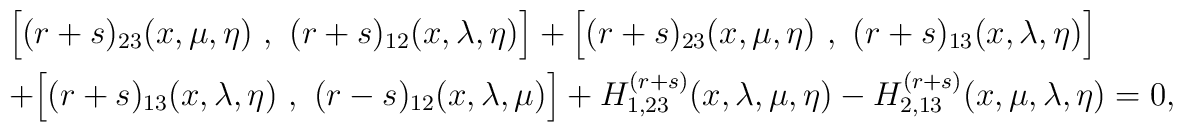
\begin{array}{l}  \Bigl[ (r + s)_{23}(x, \mu, \eta)~,~ (r + s)_{12}(x, \lambda, \eta)\Bigr]    + \Bigl[ (r + s)_{23}(x, \mu, \eta)~,~ (r + s)_{13}(x, \lambda, \eta)\Bigr]\\[2mm] + \Bigl[(r + s)_{13}(x,\lambda, \eta) ~,~ (r - s)_{12}(x, \lambda, \mu)\Bigr]   + H^{(r+s)}_{1,23}(x, \lambda, \mu, \eta) - H^{(r+s)}_{2,13}(x, \mu, \lambda, \eta ) = 0 , \end{array}